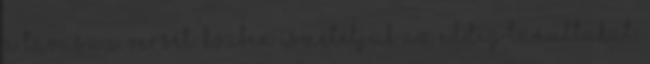
a tavasz c. versét. Közben ismételjük az eddig tanultakat,